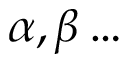
\alpha , \beta \ldots